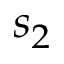
s _ { 2 }